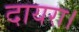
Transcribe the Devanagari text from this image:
दायरा।